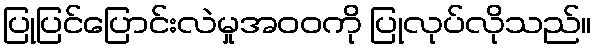
ပြုပြင်ပြောင်းလဲမှုအဝဝကို ပြုလုပ်လိုသည်။